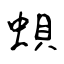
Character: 蛽